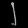
Digit: ၂